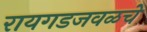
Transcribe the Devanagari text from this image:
रायगडजवळचे